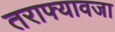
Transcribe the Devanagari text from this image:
तराफ्यावजा